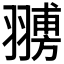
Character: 𦒊